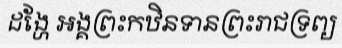
ដង្ហែ អង្គព្រះកឋិនទានព្រះរាជទ្រព្យ